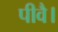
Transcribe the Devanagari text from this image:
पीवै।